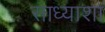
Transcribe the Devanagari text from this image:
साध्याशा